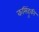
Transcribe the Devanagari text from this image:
कसिंहुकी